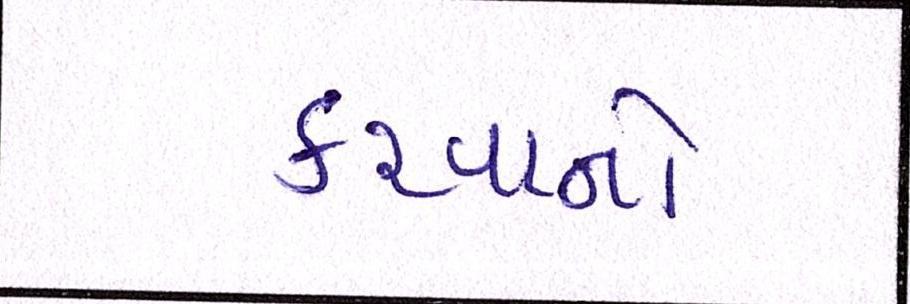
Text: કરવાનો